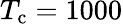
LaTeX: T_{\mathrm{c}}=1000